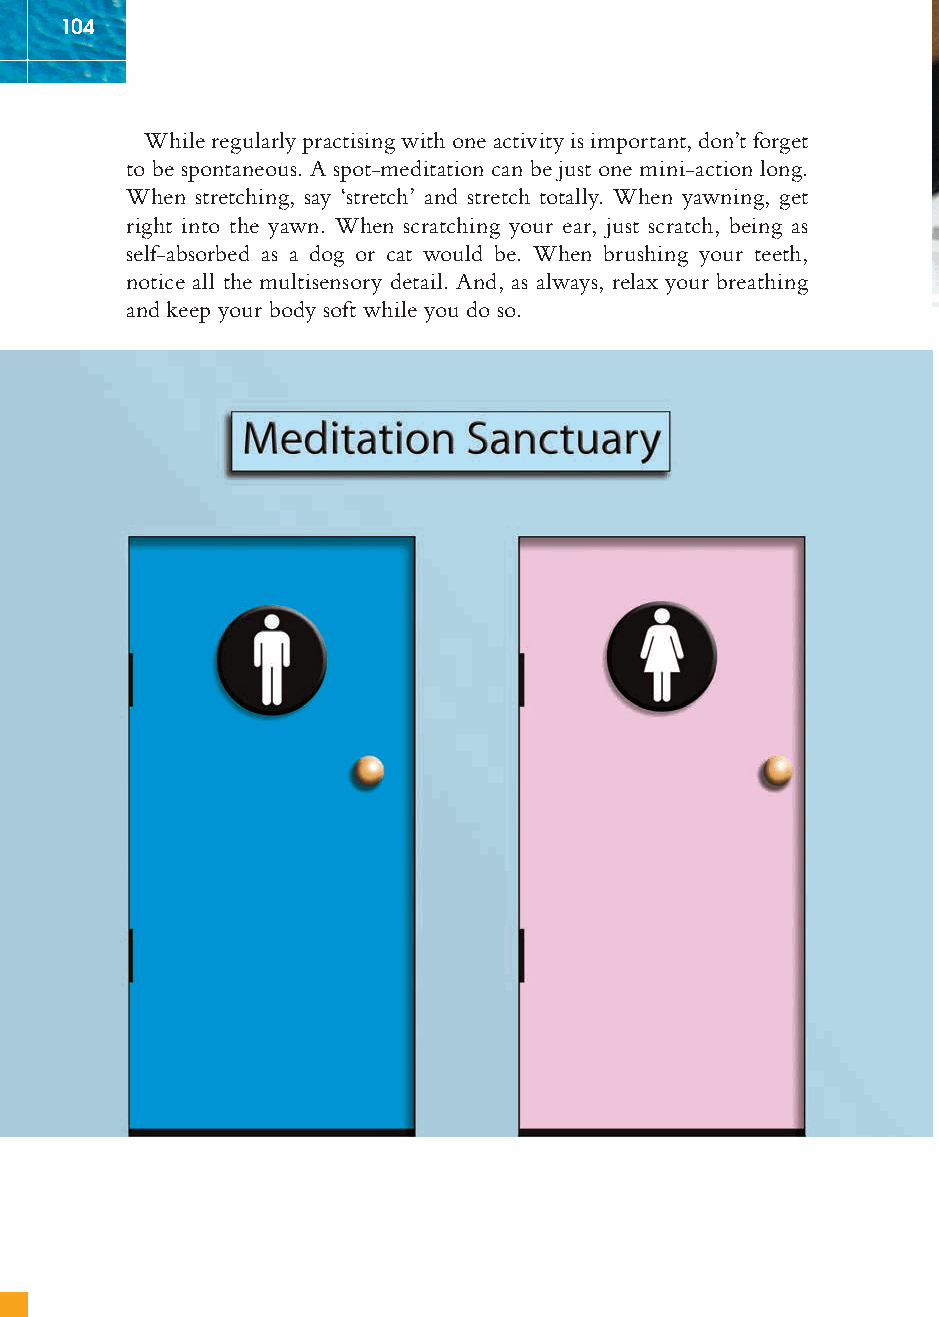
104
 While regularly practising with one activity is important, don’t forget
 to be spontaneous. A spot-meditation can be just one mini-action long.
 When stretching, say ‘stretch’ and stretch totally. When yawning, get
 right into the yawn. When scratching your ear, just scratch, being as
 self-absorbed as a dog or cat would be. When brushing your teeth,
 notice all the multisensory detail. And, as always, relax your breathing
 and keep your body soft while you do so.
 ffiivvee__220000667788..iinndddd SSeecc11::110088   3300//55//0055 55::0055::0077 PPMM